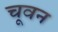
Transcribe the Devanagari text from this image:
चूवन